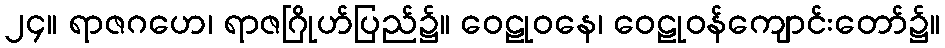
၂၄။ ရာဇဂဟေ၊ ရာဇဂြိုဟ်ပြည်၌။ ဝေဠုဝနေ၊ ဝေဠုဝန်ကျောင်းတော်၌။